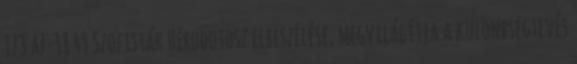
173 a7-18 49 Szofisták Hérodotosz elbeszélése, megvilágítja a különbségtevés